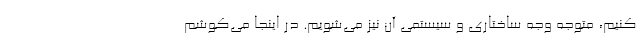
کنیم، متوجه وجه ساختاری و سیستمی آن نیز می‌شویم. در اینجا می‌کوشم